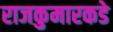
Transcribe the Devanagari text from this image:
राजकुमारकडे